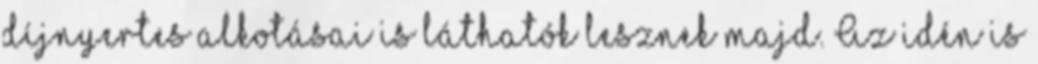
díjnyertes alkotásai is láthatók lesznek majd. Az idén is